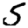
Digit: 5